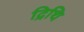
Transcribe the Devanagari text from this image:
द्रिथि